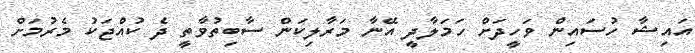
އައިޝާ ހުސައިން ވަހީދަށް ހަމަލާދީ އޭނާ މަރާލިކަން ސާބިތުވާތީ ދެ ކުއްޖަކު މެރުމަށް